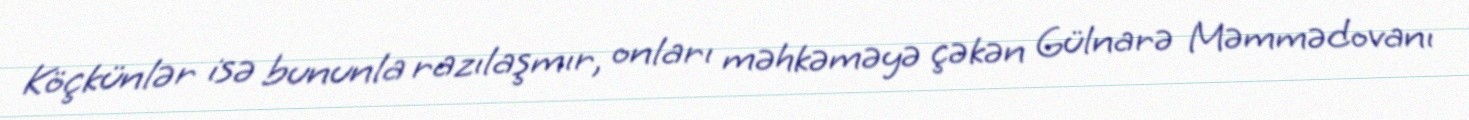
Köçkünlər isə bununla razılaşmır, onları məhkəməyə çəkən Gülnarə Məmmədovanı